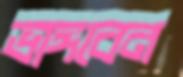
ভাঙ্গবেন